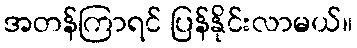
အတန်ကြာရင် ပြန်နိုင်းလာမယ်။